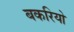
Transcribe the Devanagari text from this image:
बकरियो